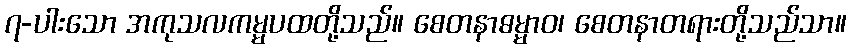
၇-ပါးသော အကုသလကမ္မပထတို့သည်။ စေတနာဓမ္မာဝ၊ စေတနာတရားတို့သည်သာ။